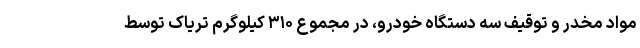
مواد مخدر و توقیف سه دستگاه خودرو، در مجموع ۳۱۰ کیلوگرم تریاک توسط